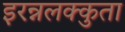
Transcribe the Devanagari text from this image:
इरन्नलक्कुता